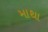
માથા